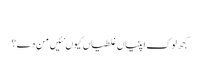
‏
کجھ لوک اپنیاں غلطیاں کیوں نئیں من دے؟